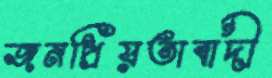
জনপ্রিয়তাবাদী